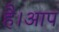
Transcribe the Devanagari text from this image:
है।आप